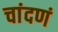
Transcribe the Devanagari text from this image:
चांदणं